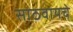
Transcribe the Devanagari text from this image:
साठवायचे